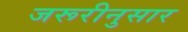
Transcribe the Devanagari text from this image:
जरूरीनुसार